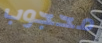
محجوب